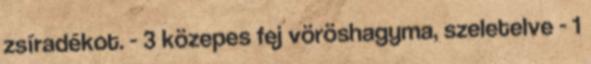
zsíradékot. - 3 közepes fej vöröshagyma, szeletelve - 1